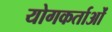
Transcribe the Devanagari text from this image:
योगकर्ताओं